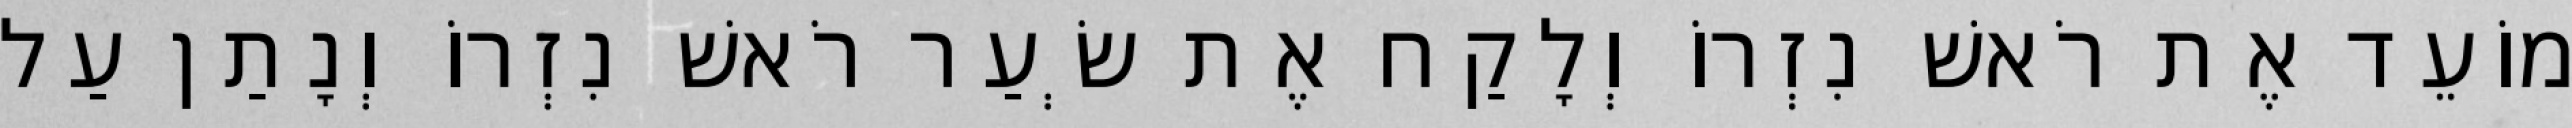
מוֹעֵד אֶת רֹאשׁ נִזְרוֹ וְלָקַח אֶת שְׂעַר רֹאשׁ נִזְרוֹ וְנָתַן עַל